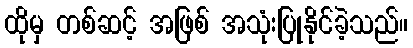
ထိုမှ တစ်ဆင့် အဖြစ် အသုံးပြုနိုင်ခဲ့သည်။